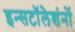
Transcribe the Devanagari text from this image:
इन्सटॉलेशंनों